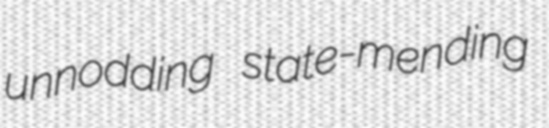
unnodding state-mending